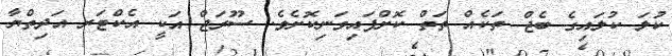
ކުލަ ކުލައިގެ ބެޖް ތަކެއް ތަތް ކޮށްފައިވަނިކޮށެވެ. ސޫރަޖް އަކީ އެކްޓަރ އަދިތްޔާ